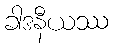
ခါဒနီယဿ